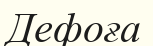
Дефоға